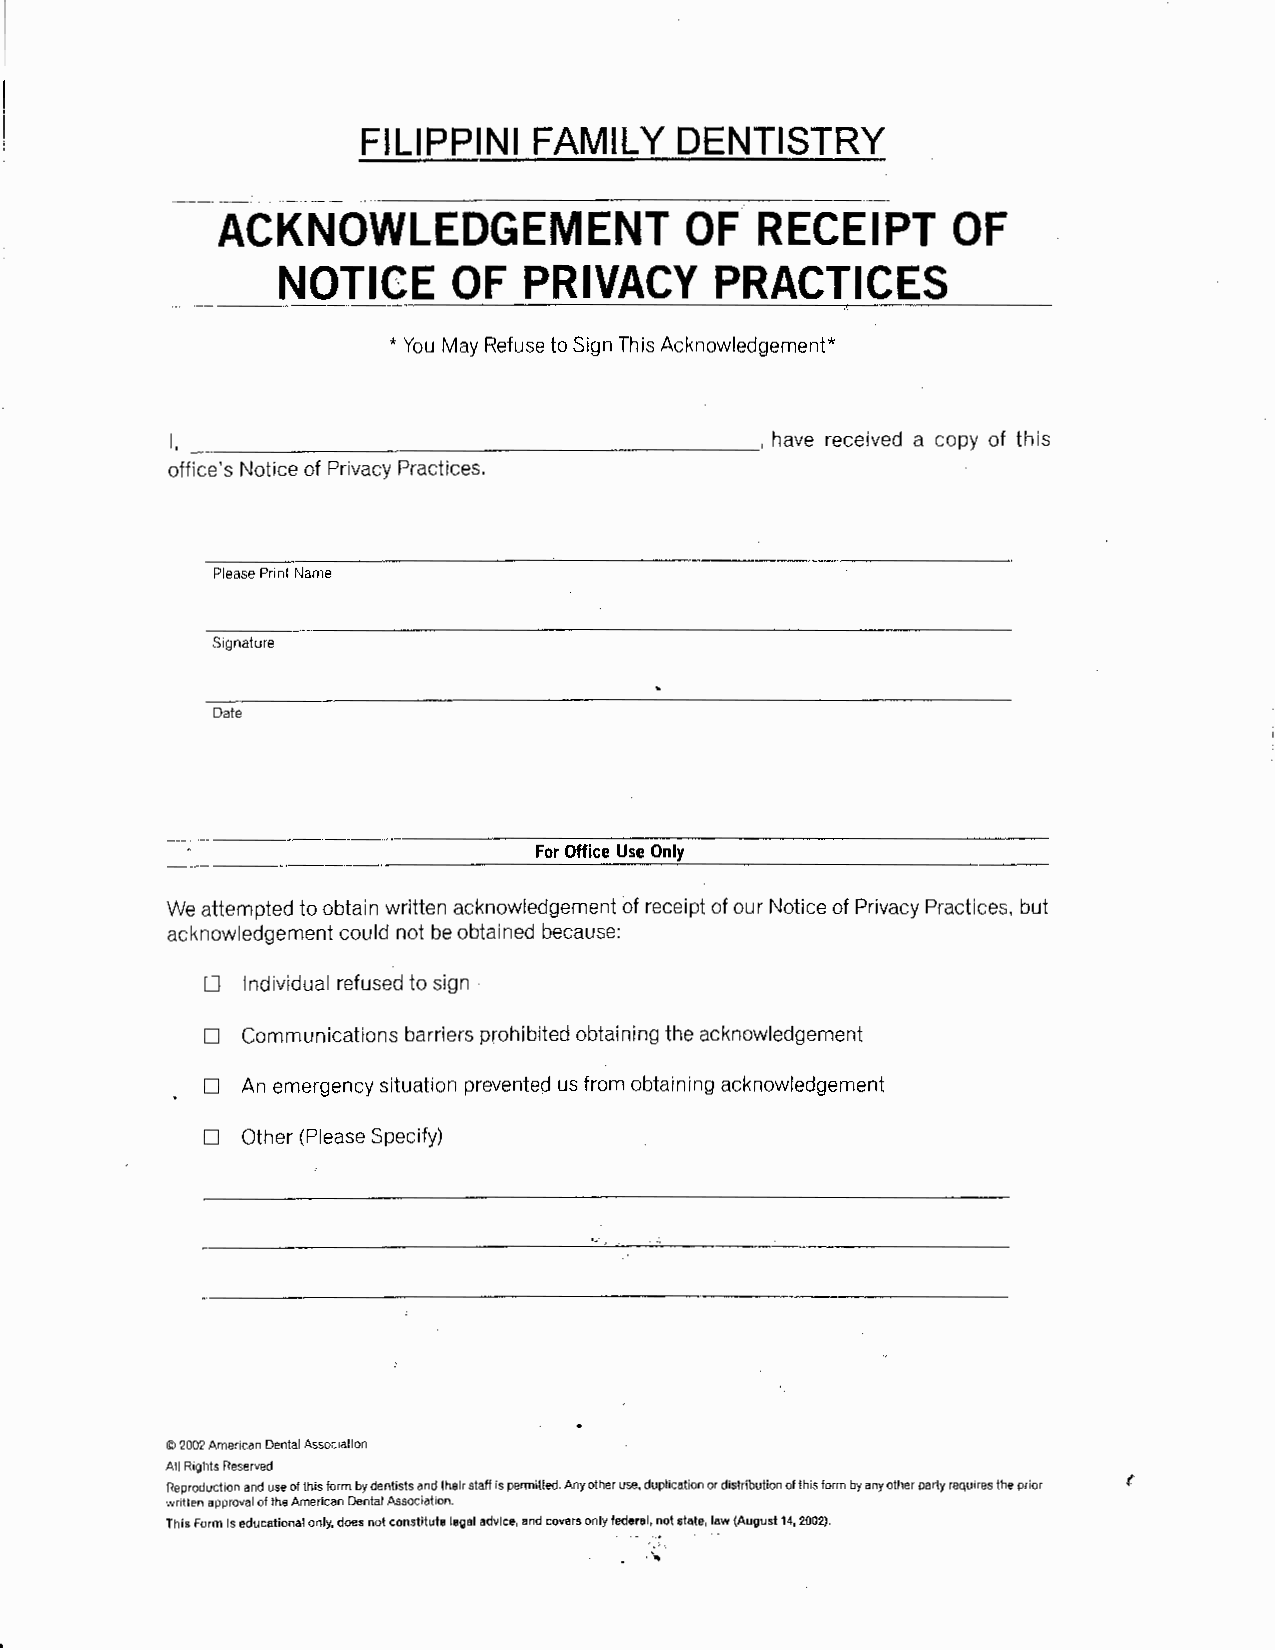
FILIPPINI  FAMILY    DENTISTRY
 ACKNOWLEDGEMENT                OF   RECEIPT      OF
 NOTICE      OF   PRIVACY     PRACTICES
 * You May Refuse to Sign This Acknowledgement*
 I, ------------------------'have            received a copy of this
 office's Notice of Privacy Practices.
 Please Print Name
 Signature
 Date
 For Office Use Only
 We attempted to obtain written acknowledgement of receipt of our Notice of Privacy Practices, but
 acknowledgement could not be obtained because:
 0  Individual refused to sign
 0  Communications barriers prohibited obtaining the acknowledgement
 D  An emergency situation prevented us from obtaining acknowledgement
 D  Other (Please Specify)
 © 2002 American Dental Association
 All Rights Reserved
 Reproduction and use of this form by dentists and their staff Is permitted. Any other use, duplication or distribution of this form by any other pariy requires the prior f'
 written approval of the American Dental Association.
 This Form is educational only, does not constitute legal advice, and covers only federal, not state, law (August 14, 2002).